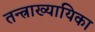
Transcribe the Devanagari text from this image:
तन्त्राख्यायिका